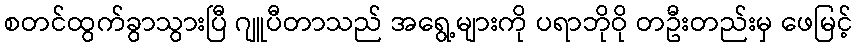
စတင်ထွက်ခွာသွားပြီ ဂျူပီတာသည် အရွေ့များကို ပရာဘိုဝို တဦးတည်းမှ ဖေမြင့်